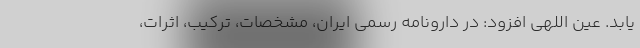
یابد. عین اللهی افزود: در دارونامه رسمی ایران، مشخصات، ترکیب، اثرات،